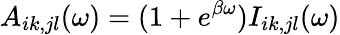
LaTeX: A_{ik,jl}(\omega)=(1+e^{\beta\omega})I_{ik,jl}(\omega)